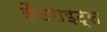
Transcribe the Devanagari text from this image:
लैटराइट्स